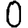
Digit: 0